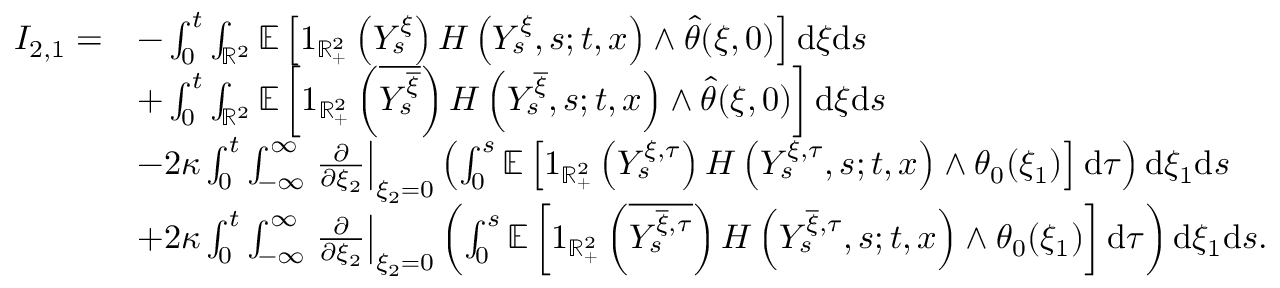
\begin{array} { r l } { I _ { 2 , 1 } = } & { - \int _ { 0 } ^ { t } \int _ { \mathbb { R } ^ { 2 } } \mathbb { E } \left[ 1 _ { \mathbb { R } _ { + } ^ { 2 } } \left( Y _ { s } ^ { \xi } \right) H \left( Y _ { s } ^ { \xi } , s ; t , x \right) \wedge \hat { \theta } ( \xi , 0 ) \right] \mathrm { d } \xi \mathrm { d } s } \\ & { + \int _ { 0 } ^ { t } \int _ { \mathbb { R } ^ { 2 } } \mathbb { E } \left[ 1 _ { \mathbb { R } _ { + } ^ { 2 } } \left( \overline { { Y _ { s } ^ { \overline { { \xi } } } } } \right) H \left( Y _ { s } ^ { \overline { { \xi } } } , s ; t , x \right) \wedge \hat { \theta } ( \xi , 0 ) \right] \mathrm { d } \xi \mathrm { d } s } \\ & { - 2 \kappa \int _ { 0 } ^ { t } \int _ { - \infty } ^ { \infty } \left. \frac { \partial } { \partial \xi _ { 2 } } \right| _ { \xi _ { 2 } = 0 } \left( \int _ { 0 } ^ { s } \mathbb { E } \left[ 1 _ { \mathbb { R } _ { + } ^ { 2 } } \left( Y _ { s } ^ { \xi , \tau } \right) H \left( Y _ { s } ^ { \xi , \tau } , s ; t , x \right) \wedge \theta _ { 0 } ( \xi _ { 1 } ) \right] \mathrm { d } \tau \right) \mathrm { d } \xi _ { 1 } \mathrm { d } s } \\ & { + 2 \kappa \int _ { 0 } ^ { t } \int _ { - \infty } ^ { \infty } \left. \frac { \partial } { \partial \xi _ { 2 } } \right| _ { \xi _ { 2 } = 0 } \left( \int _ { 0 } ^ { s } \mathbb { E } \left[ 1 _ { \mathbb { R } _ { + } ^ { 2 } } \left( \overline { { Y _ { s } ^ { \overline { { \xi } } , \tau } } } \right) H \left( Y _ { s } ^ { \overline { { \xi } } , \tau } , s ; t , x \right) \wedge \theta _ { 0 } ( \xi _ { 1 } ) \right] \mathrm { d } \tau \right) \mathrm { d } \xi _ { 1 } \mathrm { d } s . } \end{array}